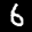
Label: 6